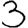
Digit: 3